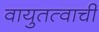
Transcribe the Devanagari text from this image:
वायुतत्वाची